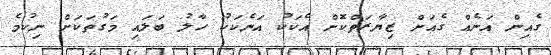
ގެއިން އަނެއް ގެއަށް ޒިޔާރަތްކޮށް އެކަކު އަނެކަކު ހާލު ބަލައި މަގުތަކަށް ނިކުމެ